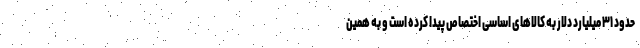
حدود ۳۱ میلیارد دلار به کالاهای اساسی اختصاص پیدا کرده است و به همین